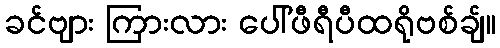
ခင်ဗျား ကြားလား ပေါ်ဖီရီပီထရိုဗစ်ချ်။